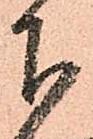
下